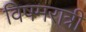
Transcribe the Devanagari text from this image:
विषमरात्री